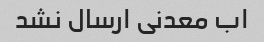
اب معدنی ارسال نشد